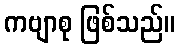
ကဗျာစု ဖြစ်သည်။